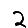
Digit: 2